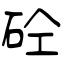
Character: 砼